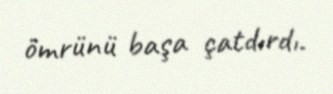
ömrünü başa çatdırdı.